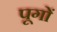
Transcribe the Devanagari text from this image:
पूगों